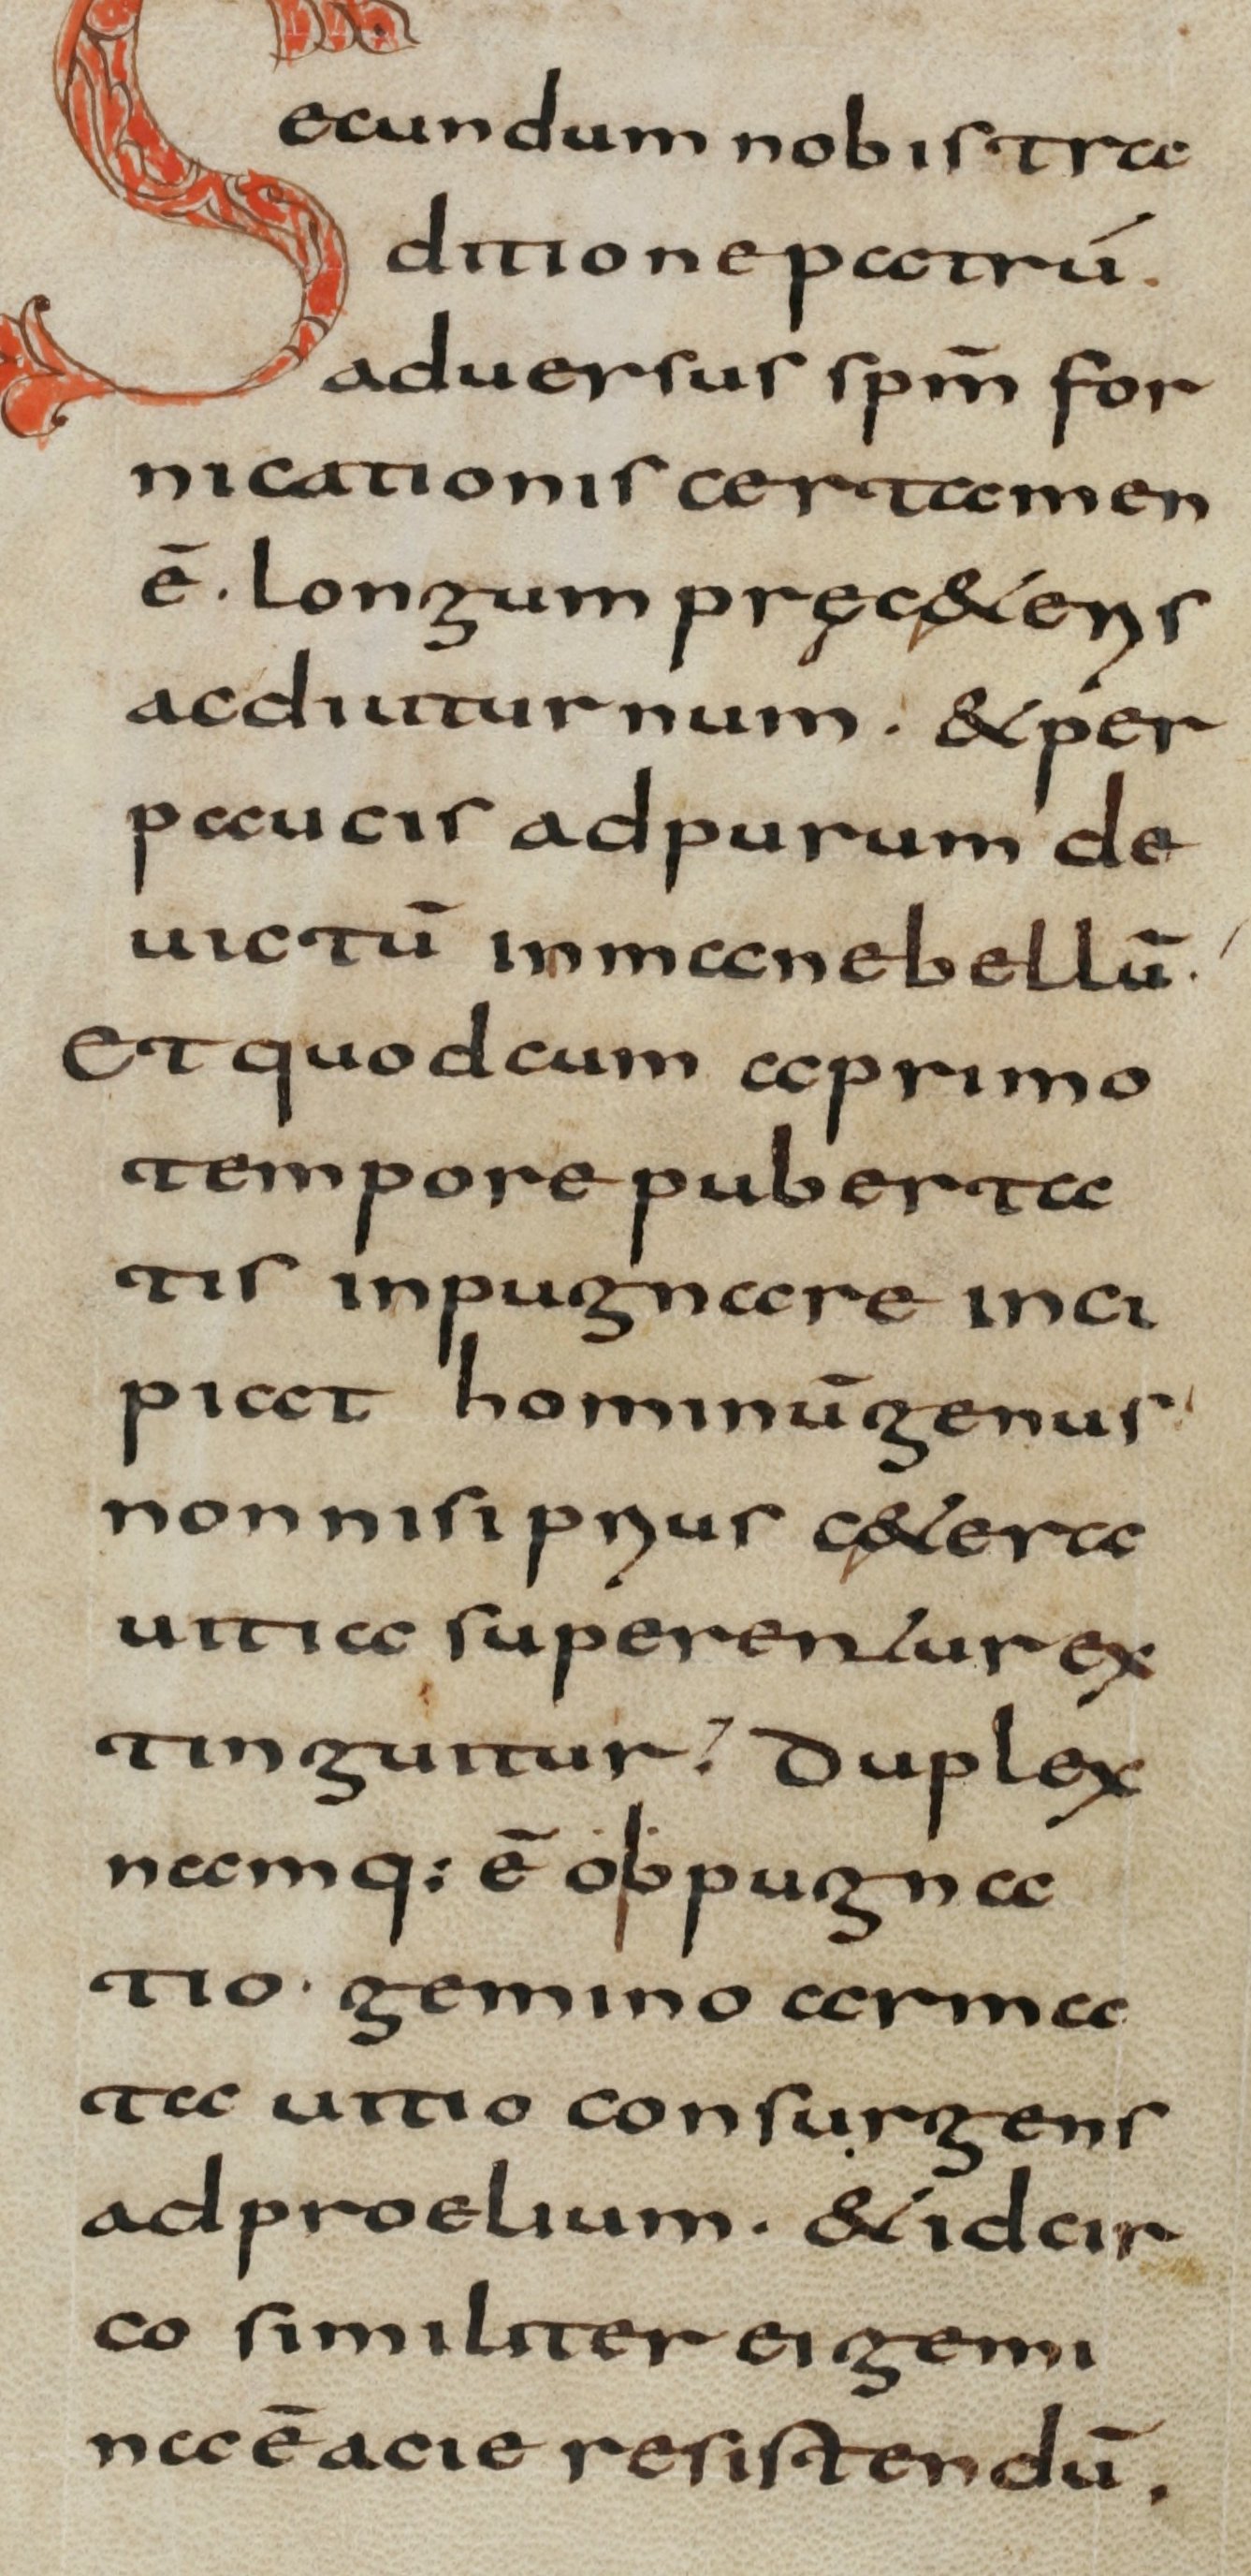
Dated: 800–832